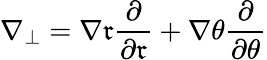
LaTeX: \nabla_{\perp}=\nabla\mathfrak{r}\frac{{\partial}}{{\partial\mathfrak{r}}}+\nabla\theta\frac{{\partial}}{{\partial\theta}}